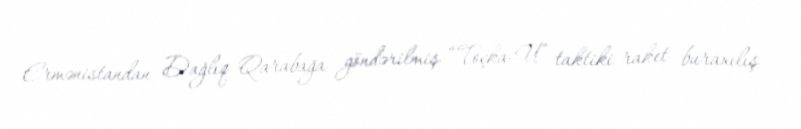
Ermənistandan Dağlıq Qarabağa göndərilmiş “Toçka-U” taktiki raket buraxılış